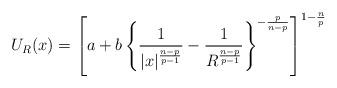
LaTeX: \begin{align*}\begin{aligned}U_R(x)=\left[a+b\left\{\frac{1}{|x|^{\frac{n-p}{p-1}}}-\frac{1}{R^{\frac{n-p}{p-1}}}\right\}^{-\frac{p}{n-p}}\right]^{1-\frac{n}{p}}\end{aligned}\end{align*}